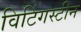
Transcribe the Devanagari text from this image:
विटिंगस्टीन